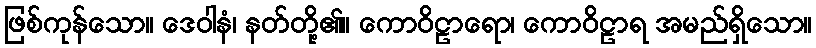
ဖြစ်ကုန်သော။ ဒေဝါနံ၊ နတ်တို့၏။ ကောဝိဠာရော၊ ကောဝိဠာရ အမည်ရှိသော။